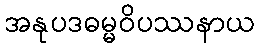
အနုပဒဓမ္မဝိပဿနာယ